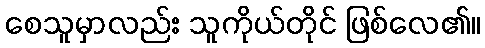
စေသူမှာလည်း သူကိုယ်တိုင် ဖြစ်လေ၏။